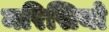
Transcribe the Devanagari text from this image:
मरिसियो